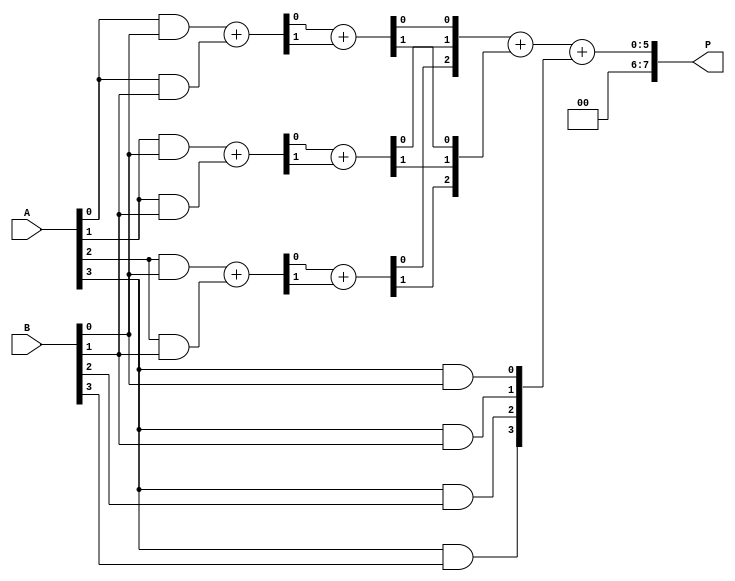
module WallaceTreeMultiplier #(parameter N = 4) (
    input [N-1:0] A,
    input [N-1:0] B,
    output reg [2*N-1:0] P
);

    // Partial product generation
    wire [N-1:0] pp [N-1:0]; // Partial products
    genvar i, j;
    generate
        for (i = 0; i < N; i = i + 1) begin : pp_gen
            for (j = 0; j < N; j = j + 1) begin : pp_and
                assign pp[i][j] = A[i] & B[j];
            end
        end
    endgenerate

    // Wallace tree reduction
    wire [N-1:0] sum [N-1:0]; // Sums at each level
    wire [N-1:0] carry [N-1:0]; // Carries at each level

    // First level of reduction using half adders and full adders
    generate
        for (i = 0; i < N; i = i + 1) begin : reduction_level_1
            if (i < N-1) begin
                assign {carry[0][i], sum[0][i]} = pp[i][0] + pp[i][1];
            end else begin
                assign sum[0][i] = pp[i][0];
                assign carry[0][i] = 1'b0;
            end
        end
    endgenerate

    // Second level of reduction
    generate
        for (i = 0; i < N-1; i = i + 1) begin : reduction_level_2
            assign {carry[1][i], sum[1][i]} = sum[0][i] + carry[0][i];
        end
    endgenerate

    // Final addition of the last two rows
    wire [2*N-1:0] final_sum;
    wire [2*N-1:0] final_carry;

    assign final_sum = {1'b0, sum[1]} + {1'b0, carry[1]}; // Final sum
    assign final_carry = {1'b0, final_sum} + {1'b0, pp[N-1]}; // Adding last partial product

    // Assign the final product
    always @(*) begin
        P = final_carry;
    end

endmodule